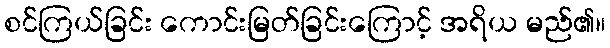
စင်ကြယ်ခြင်း ကောင်းမြတ်ခြင်းကြောင့် အရိယ မည်၏။